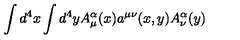
\int d ^ { 4 } x \int d ^ { 4 } y A _ { \mu } ^ { \alpha } ( x ) a ^ { \mu \nu } ( x , y ) A _ { \nu } ^ { \alpha } ( y )